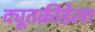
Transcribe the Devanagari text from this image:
द्यूतक्रीडेला